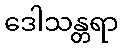
ဒေါသန္တရာ